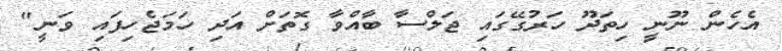
އެހެން ނޫނީ ހިތަދޫ ހަރުގޭގައި ޖަލްސާ ބާއްވާ ގޮތަށް އަދި ހަމަޖެހިފައި ވަނީ"